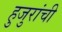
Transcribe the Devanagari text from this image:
हुजुरांची